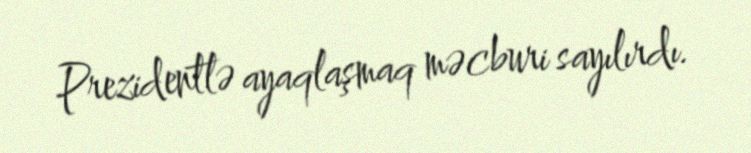
Prezidentlə ayaqlaşmaq məcburi sayılırdı.